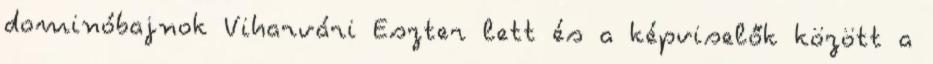
dominóbajnok Viharvári Eszter lett és a képviselők között a